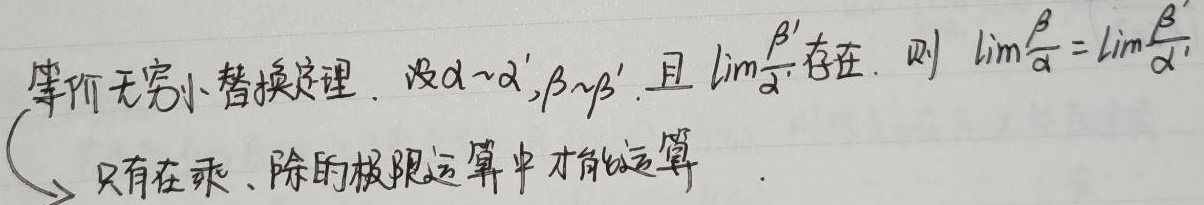
等价无穷小替换定理。设\(\alpha\sim\alpha',\beta\sim\beta'\)，且\(\lim\frac{\beta'}{\alpha'}\)存在，则\(\lim\frac{\beta}{\alpha}=\lim\frac{\beta'}{\alpha'}\)。
注：只有在乘、除的极限运算中才能使用该定理。